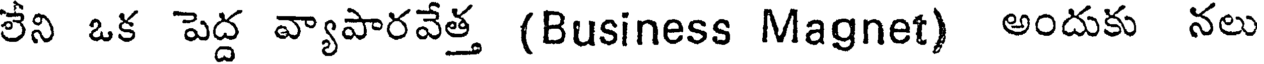
లేని ఒక పెద్ద వ్యాపారవేత్త (Business Magnet) అందుకు నలు